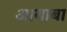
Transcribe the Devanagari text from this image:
आबाबा